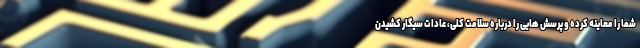
شما را معاینه کرده و پرسش هایی را درباره سلامت کلی، عادات سیگار کشیدن